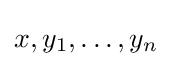
x,y_{1},\dots ,y_{n}